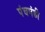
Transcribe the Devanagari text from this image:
पंचमंडी